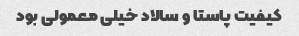
کیفیت پاستا و سالاد خیلی معمولی بود